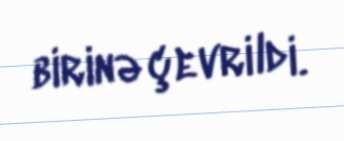
birinə çevrildi.